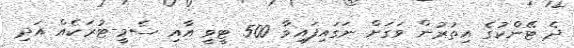
ދެ ޓޭންކުގެ އިތުރުން ވަގަށް ނަގައިފައިވާ 500 ޓީވީ އާއި ސެމީ-ޓުރަކެއް އަދި